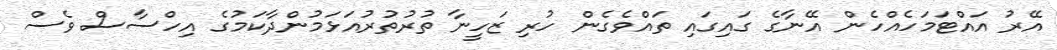
އޭރު އައްޓަމަހެއްހެން އޭނާގެ ގައިގައި ތައްވެގެން ހުރި ޒަހީނާ ތުރުތުރުއަޅަމުންދާކަމުގެ އިހްސާސް ވެސް